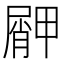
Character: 𱚿